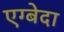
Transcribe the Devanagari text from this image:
एग्बेदा